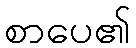
စာပေ၏